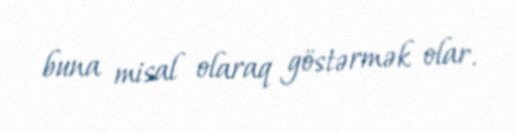
buna misal olaraq göstərmək olar.